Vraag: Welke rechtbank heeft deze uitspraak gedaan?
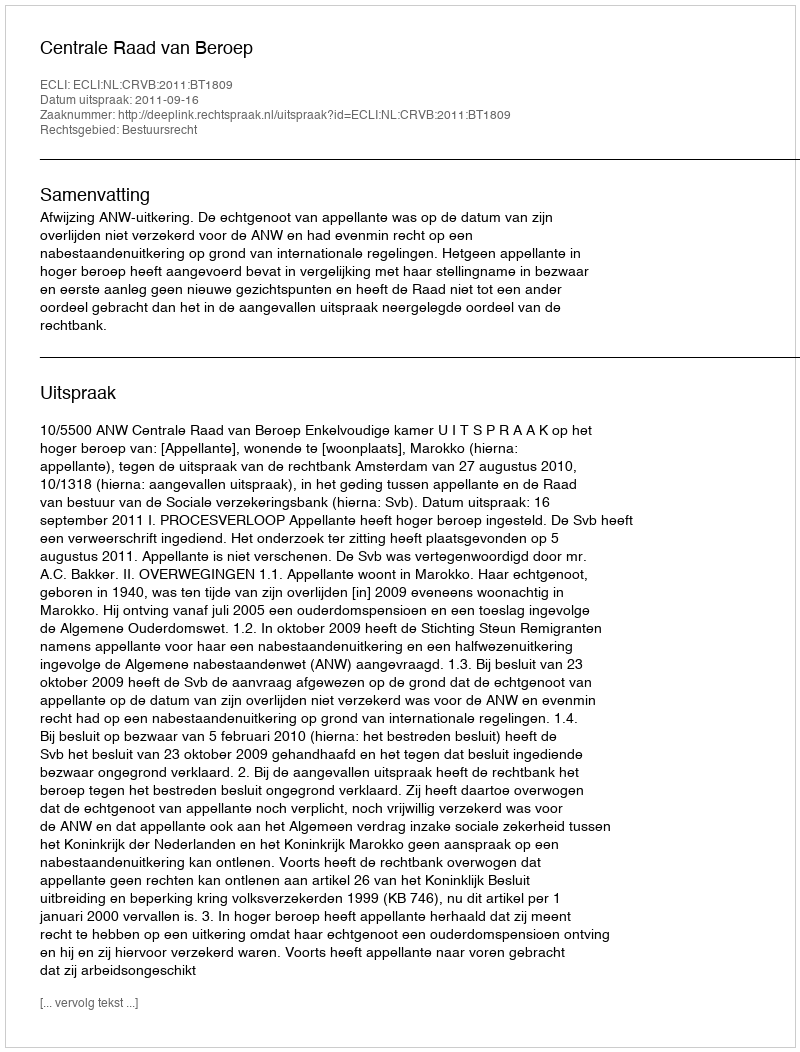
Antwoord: Centrale Raad van Beroep